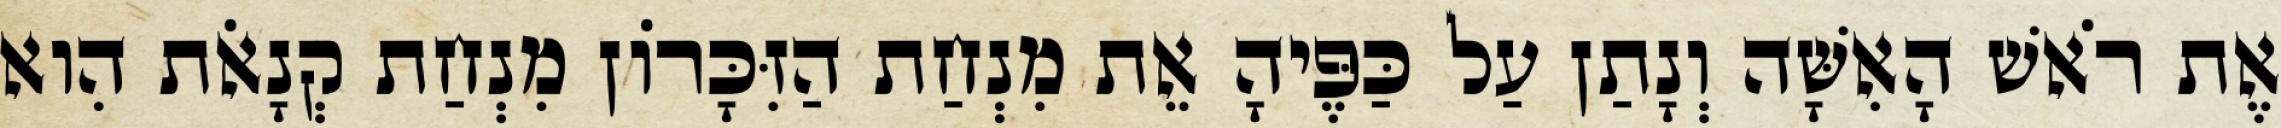
אֶת רֹאשׁ הָאִשָּׁה וְנָתַן עַל כַּפֶּיהָ אֵת מִנְחַת הַזִּכָּרוֹן מִנְחַת קְנָאֹת הִוא